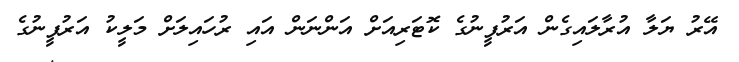
އޭރު ޔަލާ އުރާލައިގެން އަރުފީނުގެ ކޮޓަރިއަށް އަންނަން އައި ރުހައިލަށް މަލީކު އަރުފީނުގެ